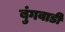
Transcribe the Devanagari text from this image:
बुंगवाडी